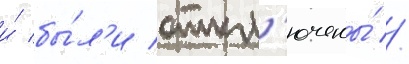
и́ бы́л'и откл'ючены́ //